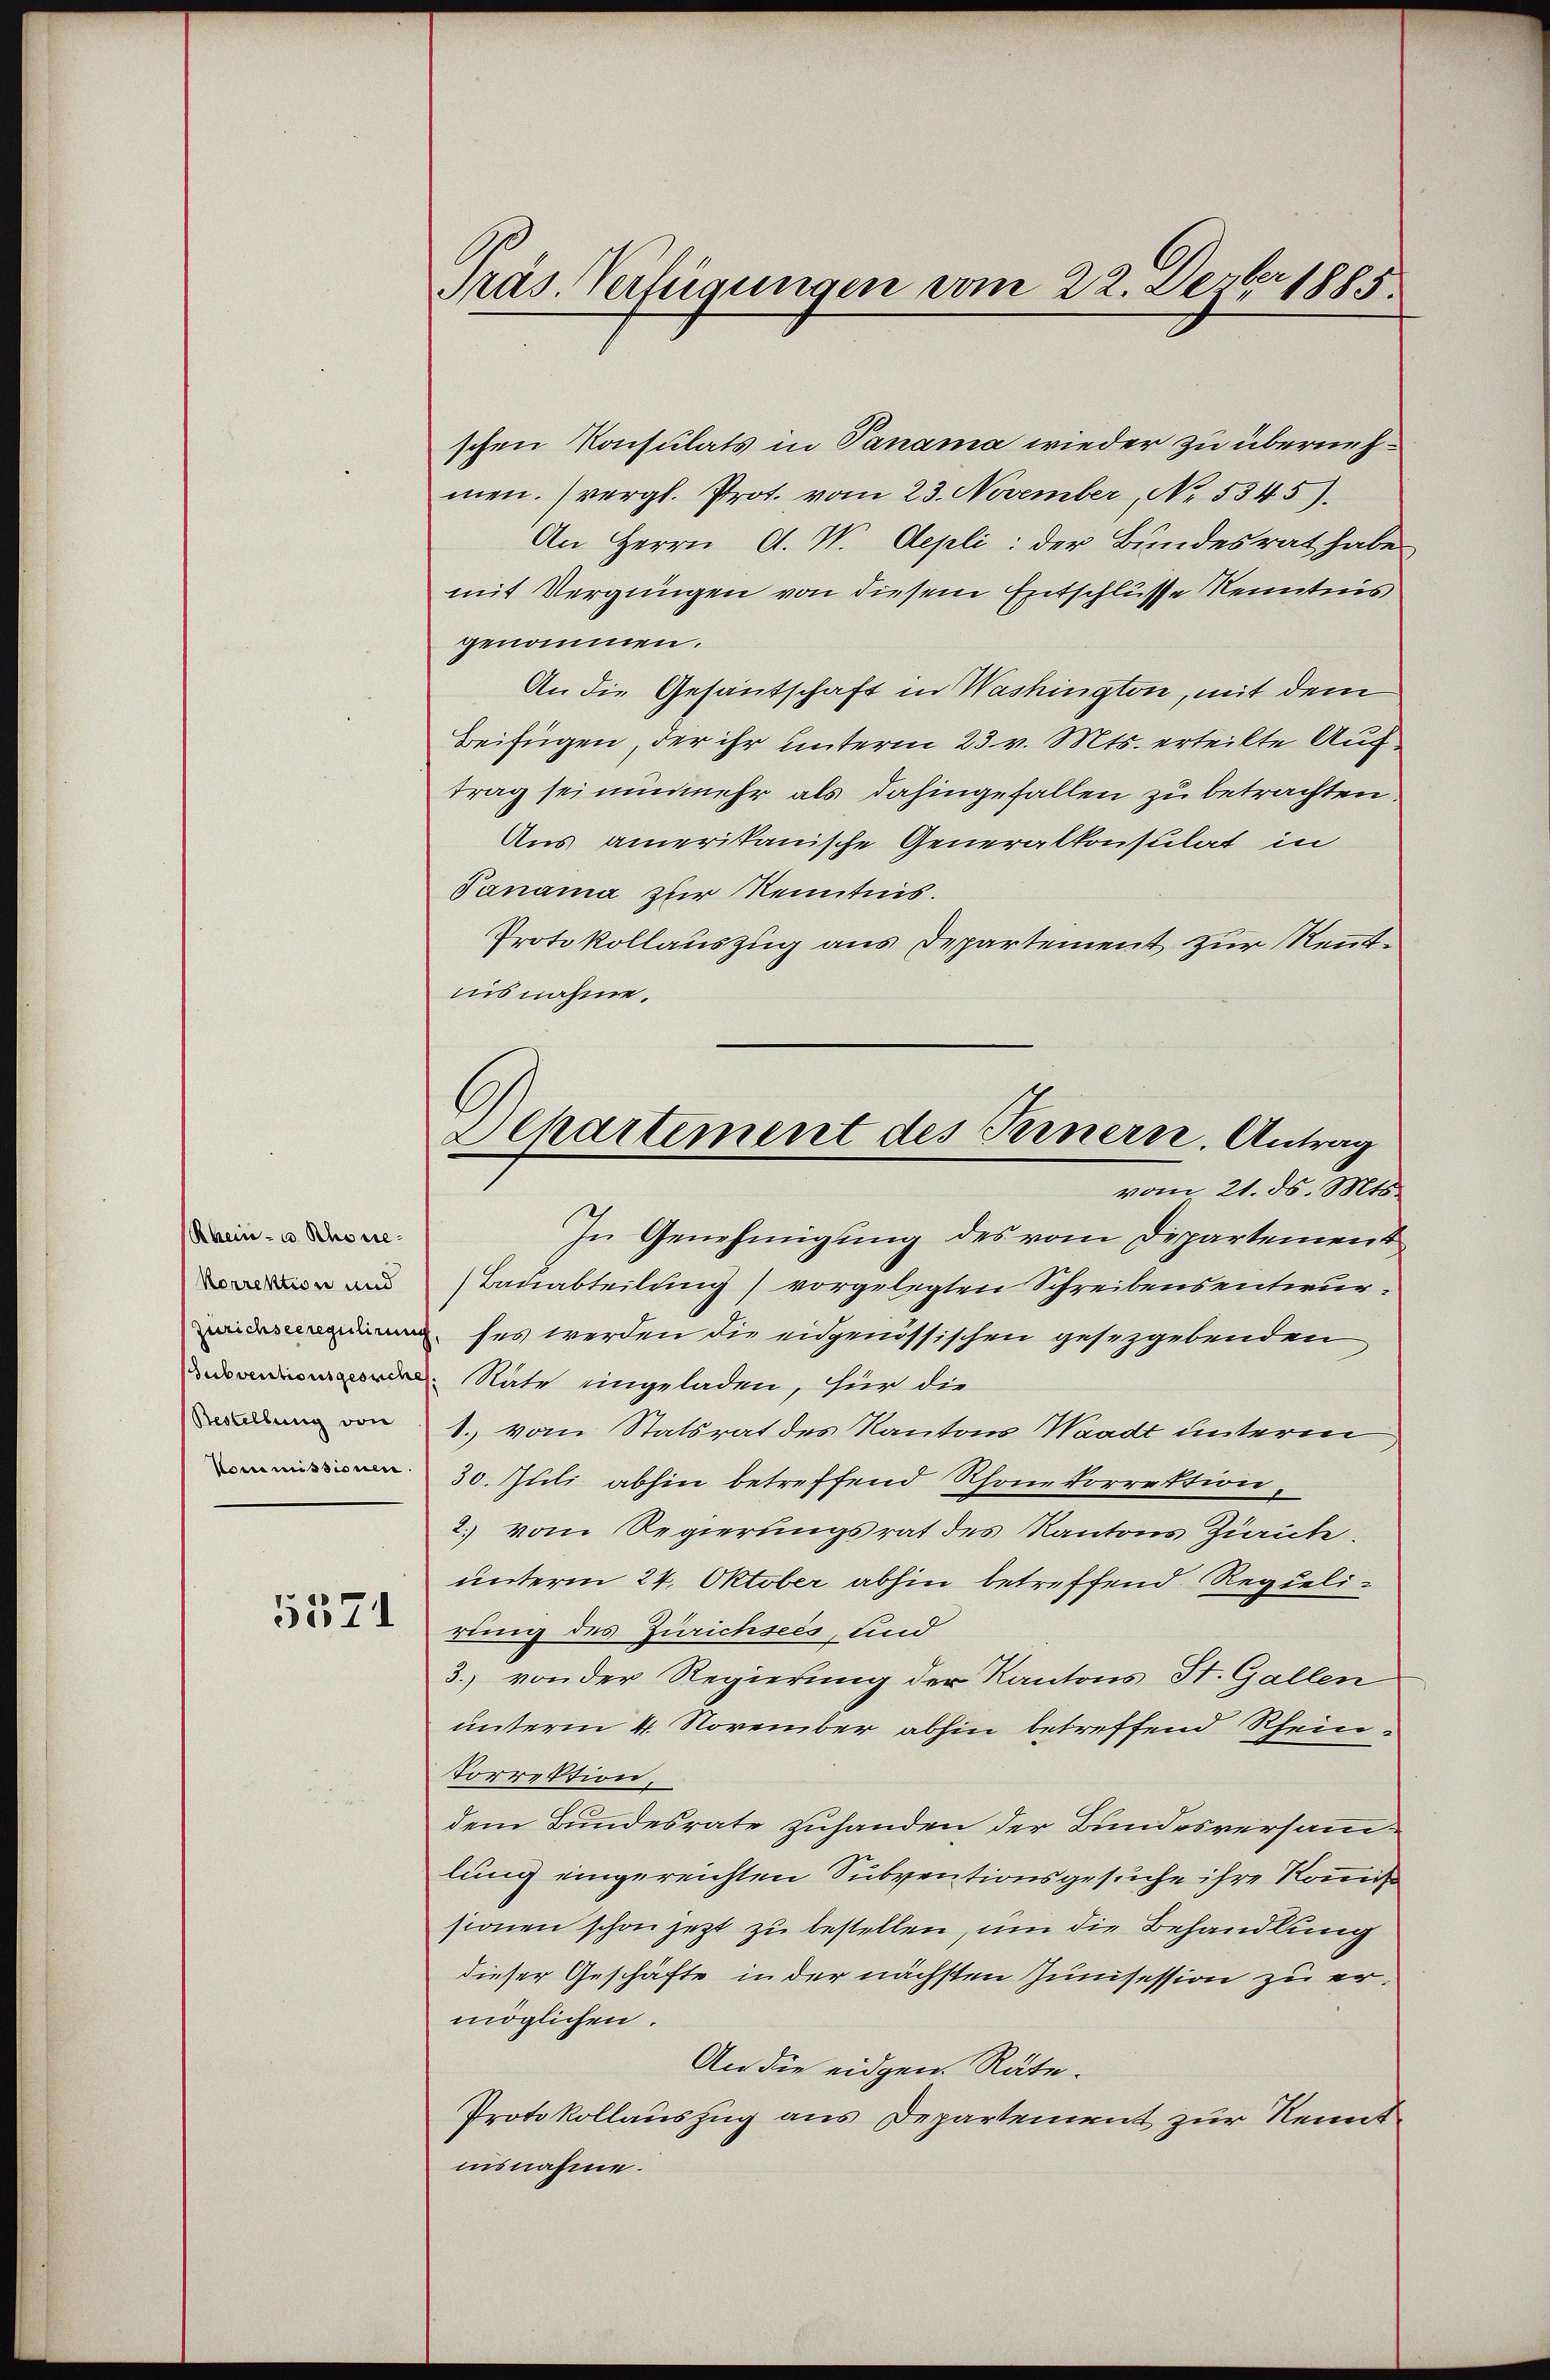
Rhein- u. Rhone¬
Norrektion und
Zürichsee regulirung
Subventionsgesuche
Bestellung von
Commissionen.

5371

Präs. Verfügungen vom 22. Dezbr 1885

schen Konsulats in Panama wieder zu übernehmen. (vergl. Prot. vom 23. November, No. 5345).
An Herrn A. W. Aepli: der Bundesrat habe
mit Vergnügen von diesem Entschlüsse Kenntnis
genommen.
An die Gesantschaft in Washington, mit dem
Beifügen, der ihr unterm 23. v. Mts. erteilte Auftrag sei nunmehr als dahingefallen zu betrachten.
Aus amerikanische Generalkonsulat in
Janama zur Kenntnis.
Protokollauszug aus Departement zur Rentnisnahme.
In Genehmigung des vom Departement
Bauabteilung) vorgelegten Schreibensentwurfes werden die eidgenössischen gesetzgebenden
Räte eingeladen, für die
1. vom Statsrat des Kantons Waadt unterm
30. Juli abhin betreffend Rhone korrektion,
2. vom Regierungsrat des Kantons Zürich.
unterm 24. Oktober abhin betreffend. Regielirung des Zürichsees, und
3. von der Regierung der Kantons St. Gallen
unterm 4. November abhin betreffend Rhein¬
Vorrektion,
dem Bundesrate zuhanden der Bundesversamlung eingereichten Subventionsgesuche ihre Kommis
sionen schon jetzt zu bestellen, um die Behandlung
dieser Geschäfte in der nächsten Junisession zu ermöglichen.
An die eidgen. Räte.
Protokollauszug aus Departement zur Kenntinsnahme.

Separtement des Fernern. Antrag
vom 21. ds. Mts.